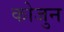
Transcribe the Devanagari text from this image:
कोजुन